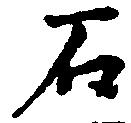
石